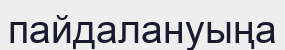
пайдалануыңа